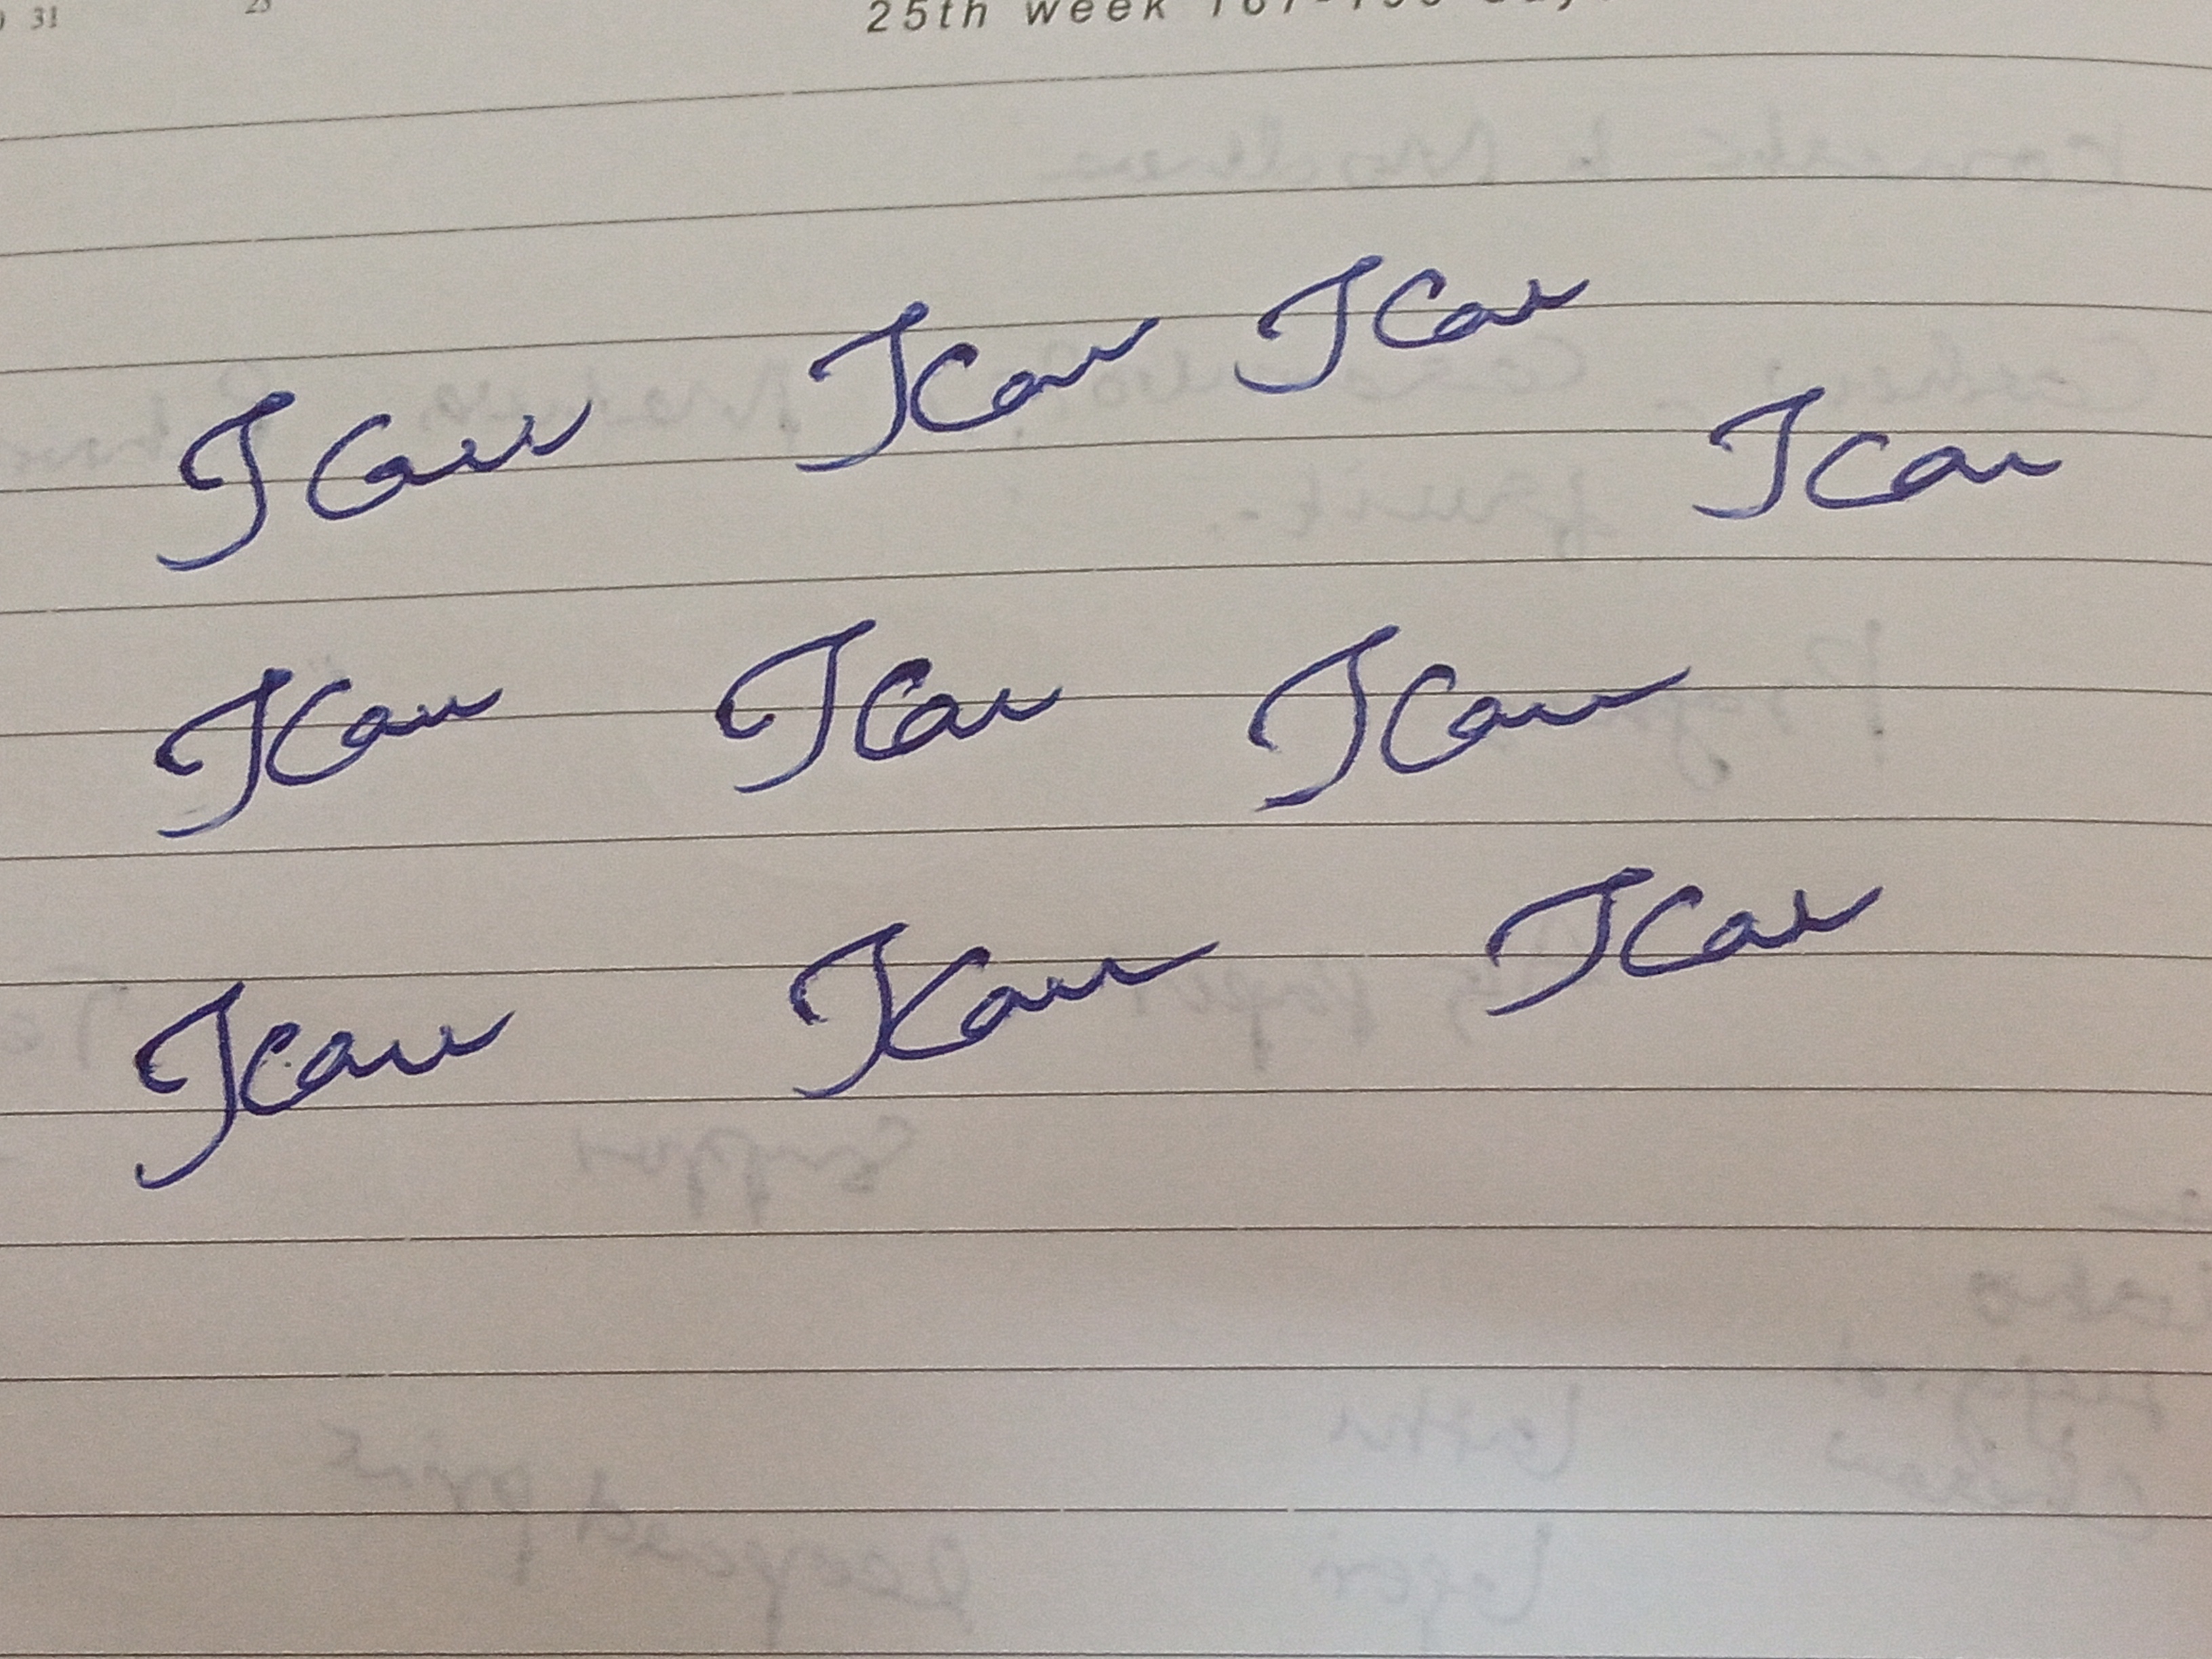
Signature authenticity: forged